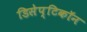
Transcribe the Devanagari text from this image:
डिसेप्टिकॉन